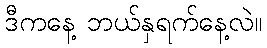
ဒီကနေ့ ဘယ်နှရက်နေ့လဲ။